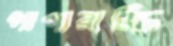
পাপারাজ্জি